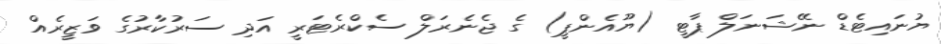
ޔުނައިޓެޑް ނޭޝަނަލް ޕާޓީ (ޔޫއެންޕީ) ގެ ޖެނެރަލް ސެކްރެޓަރީ އަދި ސަރުކާރުގެ ވަޒީރެއް